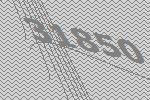
31850